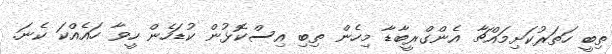
ތިބީ ހަތަރުކަށިމައްޗާ އެންގްރީބާޑާ މިހެން ތިބި އިސްކޮޅުން ކުޑަހެން ހީވާ ހައެއްކަ ކެނަ.